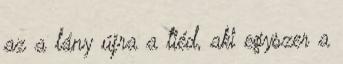
az a lány újra a tiéd, aki egyszer a